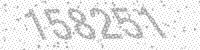
Solution: 158251